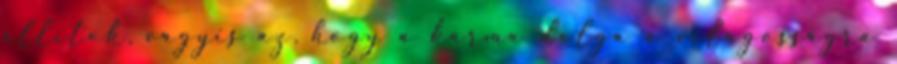
állítok, vagyis az, hogy a karma dolga a világosságra